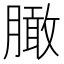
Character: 𰯔